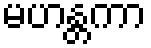
မဟန္တကာ